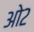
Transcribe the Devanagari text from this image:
ओ२